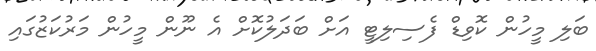
ބަލި މީހުން ކޮވިޑް ފެސިލިޓީ އަށް ބަދަލުކޮށް އެ ނޫން މީހުން މަރުކަޒުގައި